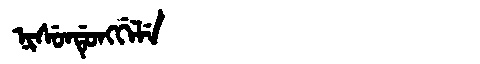
Manchu: ᠨᡳᠰᡠᠨᡩᡠᠩᡤᡝᠯᡝ
Romanization: NISUNDUNGGELE